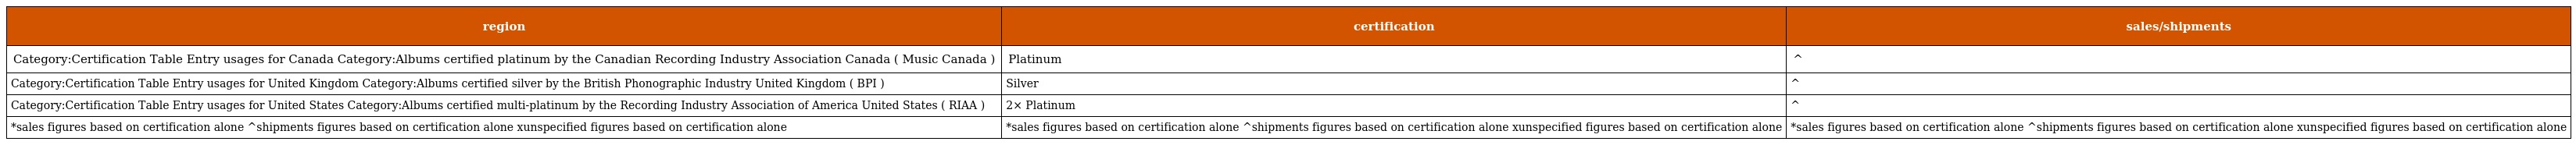
| region | certification | sales/shipments |
 | --- | --- | --- |
 | Category:Certification Table Entry usages for Canada Category:Albums certified platinum by the Canadian Recording Industry Association Canada ( Music Canada ) | Platinum | ^ |
 | Category:Certification Table Entry usages for United Kingdom Category:Albums certified silver by the British Phonographic Industry United Kingdom ( BPI ) | Silver | ^ |
 | Category:Certification Table Entry usages for United States Category:Albums certified multi-platinum by the Recording Industry Association of America United States ( RIAA ) | 2× Platinum | ^ |
 | *sales figures based on certification alone ^shipments figures based on certification alone xunspecified figures based on certification alone | *sales figures based on certification alone ^shipments figures based on certification alone xunspecified figures based on certification alone | *sales figures based on certification alone ^shipments figures based on certification alone xunspecified figures based on certification alone |